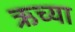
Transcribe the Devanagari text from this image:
ऋच्या